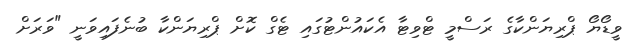
ވީޑޯޔޯ ޕްރިޔަންކާގެ ރަސްމީ ޓްވިޓާ އެކައުންޓުގައި ޓެގް ކޮށް ޕްރިޔަންކާ ބުނެފައިވަނީ "ވަރަށް